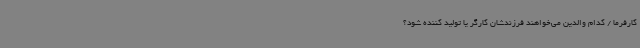
کارفرما / کدام والدین می‌خواهند فرزندشان کارگر یا تولید کننده شود؟